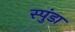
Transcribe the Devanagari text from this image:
स्पुंडा